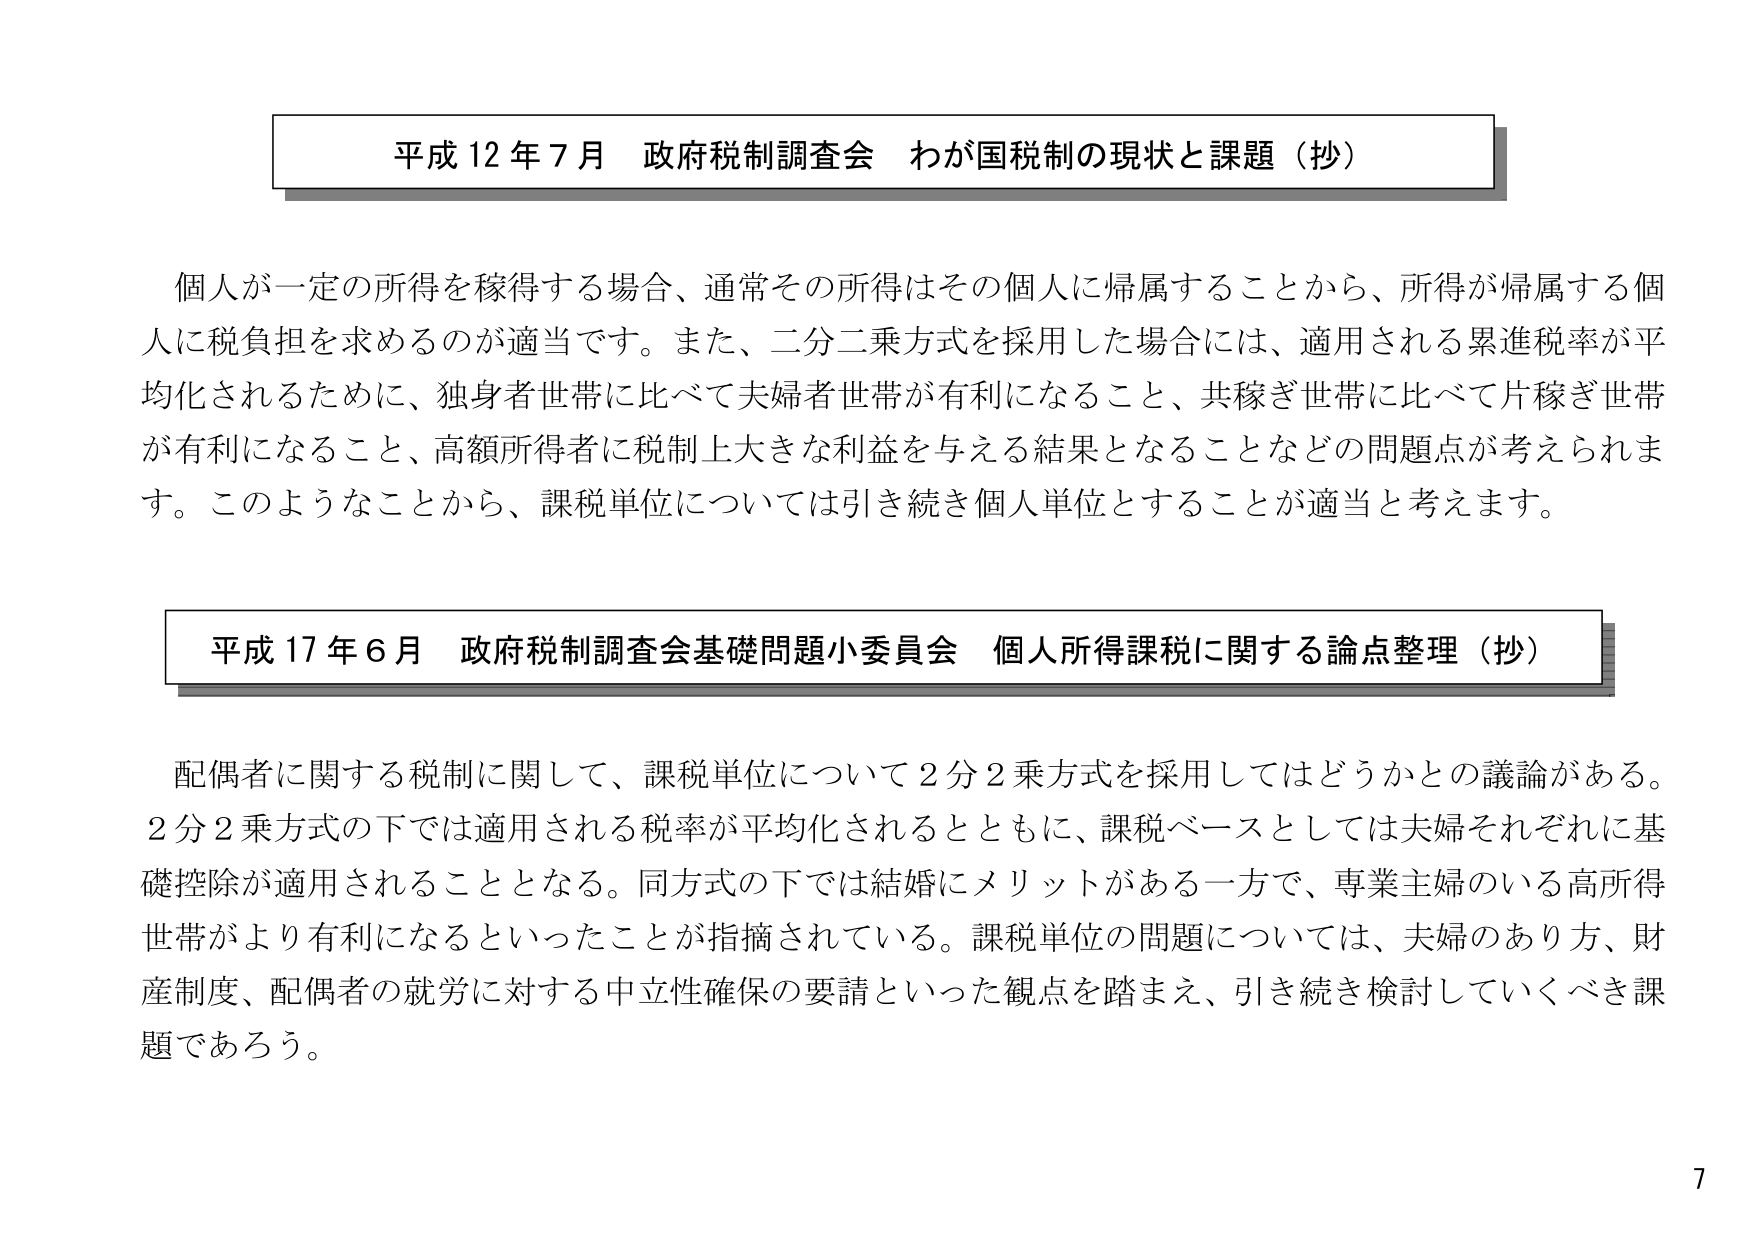
平成12年7月 政府税制調査会 わが国税制の現状と課題（抄）

個人が一定の所得を稼得する場合、通常その所得はその個人に帰属することから、所得が帰属する個人に税負担を求めるのが適当です。また、二分二乗方式を採用した場合には、適用される累進税率が平均化されるために、独身者世帯に比べて夫婦者世帯が有利になること、共稼ぎ世帯に比べて片稼ぎ世帯が有利になること、高額所得者に税制上大きな利益を与える結果となることなどの問題点が考えられます。このようなことから、課税単位については引き続き個人単位とすることが適当と考えます。

平成17年6月 政府税制調査会基礎問題小委員会 個人所得課税に関する論点整理（抄）

配偶者に関する税制に関して、課税単位について2分2乗方式を採用してはどうかとの議論がある。2分2乗方式の下では適用される税率が平均化されるとともに、課税ベースとしては夫婦それぞれに基礎控除が適用されることとなる。同方式の下では結婚にメリットがある一方で、専業主婦のいる高所得世帯がより有利になるといったことが指摘されている。課税単位の問題については、夫婦のあり方、財産制度、配偶者の就労に対する中立性確保の要請といった観点を踏まえ、引き続き検討していくべき課題であろう。

7